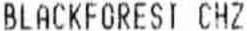
BLACKFOREST CHZ